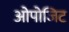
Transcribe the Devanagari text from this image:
ओपोजिट